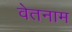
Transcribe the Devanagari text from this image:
वेतनाम